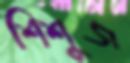
শিশুজ